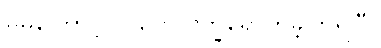
မိမိကြောင့် လူတွေ ဒုက္ခရောက်ခဲ့ကြရပြီ။